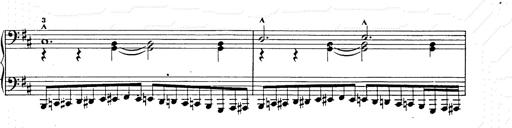
Title: Ballade No.2
Composer: Jan Skrzydlewski
Key: B minor